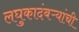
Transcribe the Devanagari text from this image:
लघुकादंबऱ्यांची